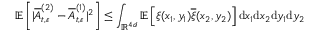
{ \ensuremath { \mathbb E } } \left[ | \overline { A } _ { t , \varepsilon } ^ { ( 2 ) } - \overline { A } _ { t , \varepsilon } ^ { ( 1 ) } | ^ { 2 } \right] \le \int _ { { \ensuremath { \mathbb R } } ^ { 4 d } } { \ensuremath { \mathbb E } } \left[ \xi ( x _ { 1 } , y _ { 1 } ) \overline { \xi } ( x _ { 2 } , y _ { 2 } ) \right] \mathrm { d } x _ { 1 } \mathrm { d } x _ { 2 } \mathrm { d } y _ { 1 } \mathrm { d } y _ { 2 }